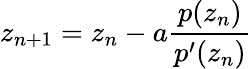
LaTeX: z_{n+1}=z_{n}-a{\frac{p(z_{n})}{p^{\prime}(z_{n})}}